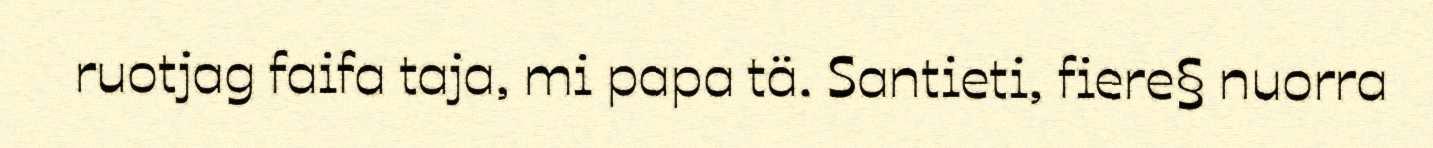
ruotjag faifa taja, mi papa tä. Santieti, fiere§ nuorra